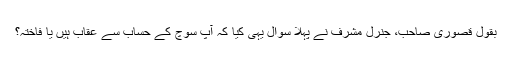
بقول قصوری صاحب، جنرل مشرف نے پہلا سوال یہی کیا کہ آپ سوچ کے حساب سے عقاب ہیں یا فاختہ؟